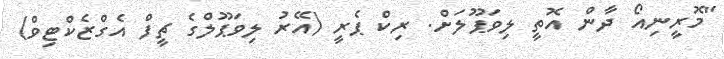
"މޮރީނިއޯ ދާން އޮތީ ލިވަޕޫލަށް. ރިކް ޕެރީ (އޭރު ލިވަޕޫލްގެ ޗީފް އެގްޒެކްޓިވް)